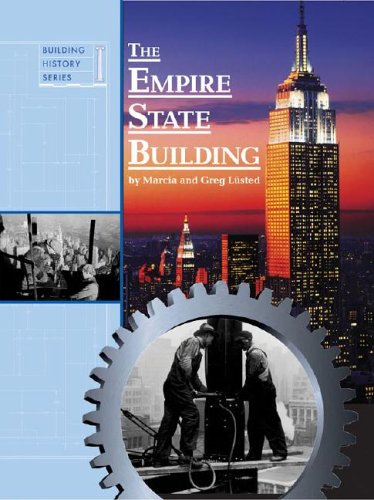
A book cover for The Empire State Building (Building History); Marcia Amidon Lusted; Teen & Young Adult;